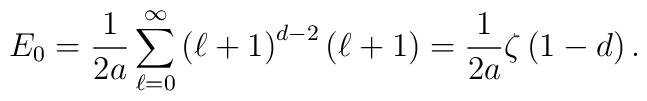
E_{0}=\frac{1}{2a}\sum _{\ell =0}^{\infty }\left( \ell +1\right) ^{d-2}\left( \ell +1\right) =\frac{1}{2a}\zeta \left( 1-d\right) .